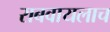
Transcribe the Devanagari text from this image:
राबवायलाच